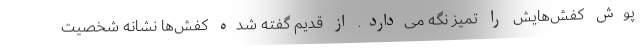
پوش کفش‌هایش را تمیز نگه می‌دارد. از قدیم گفته شده کفش‌ها نشانه شخصیت